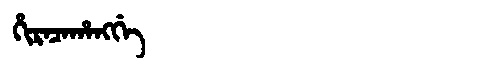
Manchu: ᡥᡳᡵᠠᠴᠠᡥᠠᠩᡤᡝ
Romanization: HIRACAHANGGE